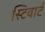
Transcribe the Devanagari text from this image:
स्टिवार्ट